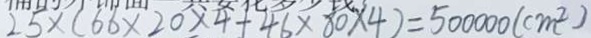
2 5 \times ( 6 6 \times 2 0 \times 4 + 4 6 \times 8 0 \times 4 ) = 5 0 0 0 0 0 ( c m ^ { 2 } )